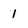
Character: 1